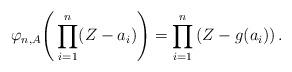
LaTeX: \begin{align*}\varphi_{n, A} \Bigg(\prod_{i=1}^n (Z - a_i)\Bigg) = \prod_{i=1}^n \left(Z -g(a_i)\right).\end{align*}